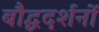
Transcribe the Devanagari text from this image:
बौद्धदर्शनों